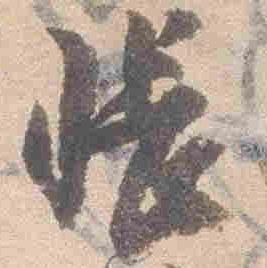
帳